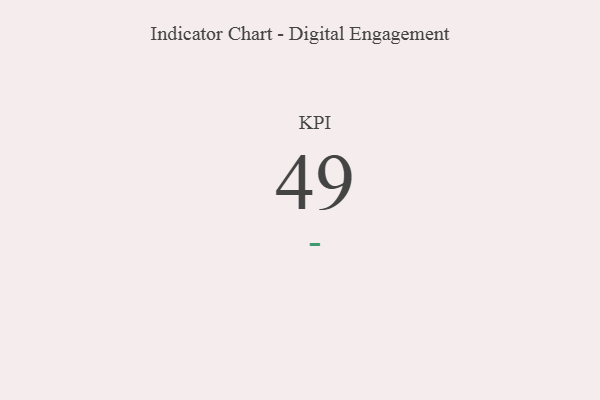
{"axis": {"x": "KPI", "y": "Value"}, "legend": [""], "data": [{"x": "KPI", "y": 49, "type": ""}]}